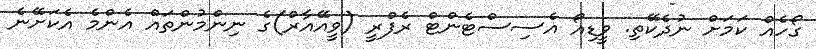
ގޯހެއް ކަމަށް ނުދެކޭތި. ވީޑިއޯ އެސިސްޓެންޓް ރެފްރީ (ވީއޭއާރް)ގެ ނިންމުންތައް އެންމެ އެކަށޭނެ